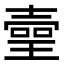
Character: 𤨻